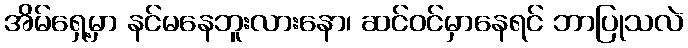
အိမ်ရှေ့မှာ နင်မနေဘူးလားနော၊ ဆင်ဝင်မှာနေရင် ဘာပြုသလဲ